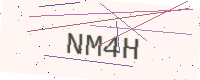
Text: NM4H